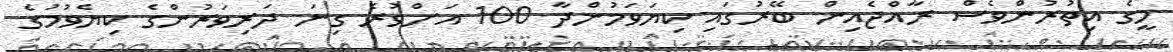
މީގެ އިތުރުންވެސް ރާއްޖެއިން ބޭރުގައި ކިޔަވަމުންދާ 100 އަށްވުރެ ގިނަ ދަރިވަރުންގެ ކިޔެވުމުގެ